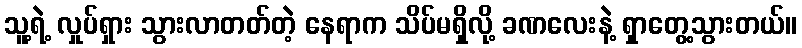
သူ့ရဲ့ လှုပ်ရှား သွားလာတတ်တဲ့ နေရာက သိပ်မရှိလို့ ခဏလေးနဲ့ ရှာတွေ့သွားတယ်။